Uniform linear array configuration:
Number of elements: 4
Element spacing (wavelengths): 0.75
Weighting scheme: exponential
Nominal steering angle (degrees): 60
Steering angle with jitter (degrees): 61.941
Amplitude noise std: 0.05
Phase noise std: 0.05

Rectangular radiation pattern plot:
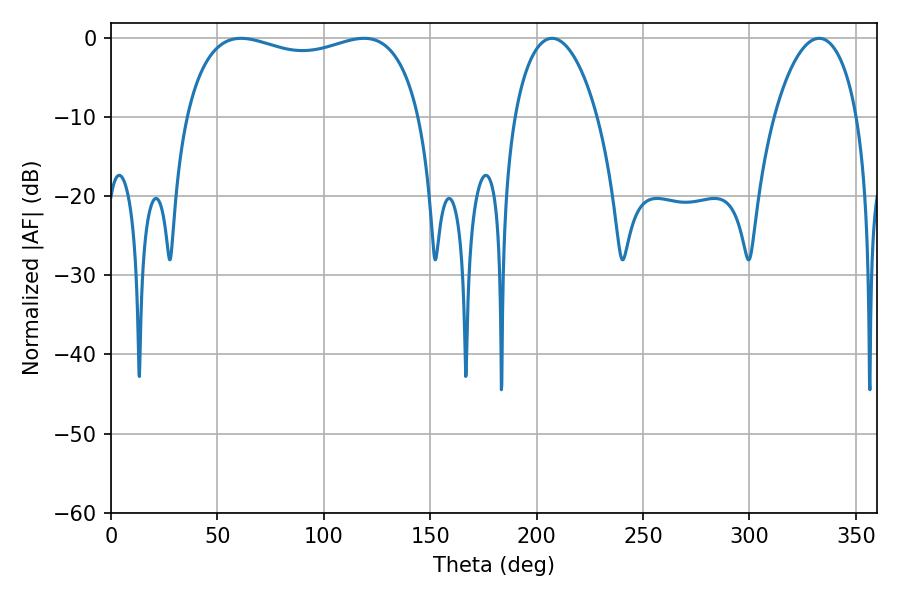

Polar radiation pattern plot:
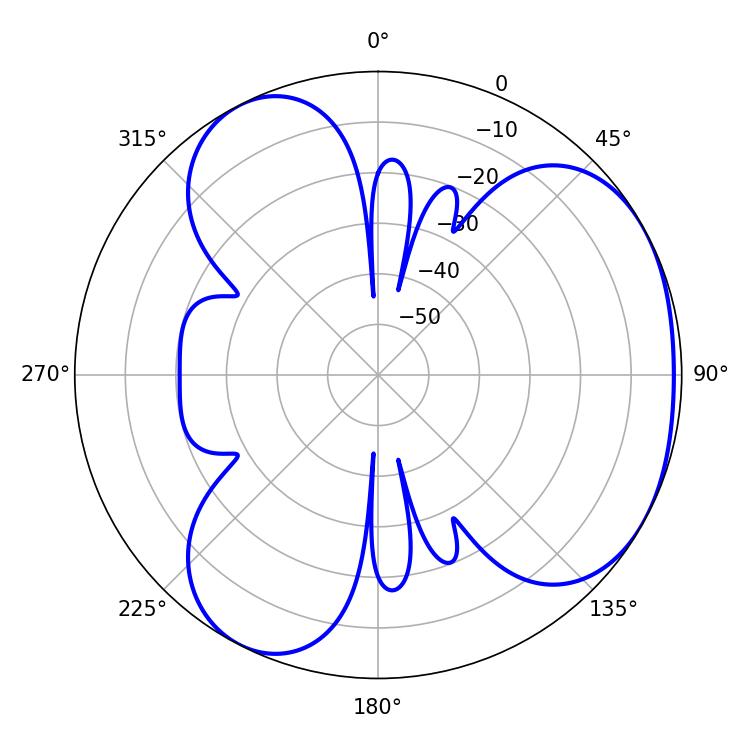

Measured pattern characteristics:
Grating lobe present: TRUE
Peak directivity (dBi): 3.658
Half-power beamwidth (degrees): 90.36
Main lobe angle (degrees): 61.2